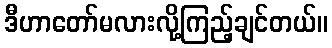
ဒီဟာတော်မလားလို့ကြည့်ချင်တယ်။